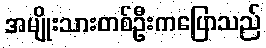
အမျိုးသားတစ်ဦးကပြောသည်